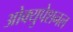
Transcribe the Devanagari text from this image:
ओक्युपेशनल